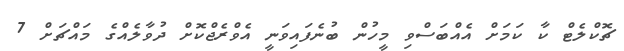
ޗޮކްލެޓް ކާ ކަމަށް އެއްބަސްވި މީހުން ބުނެފައިވަނީ އެވްރެޖްކޮށް ދުވާލެއްގެ މައްޗަށް 7